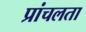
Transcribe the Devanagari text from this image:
प्रांचलता